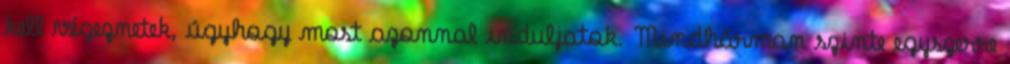
kell végeznetek, úgyhogy most azonnal induljatok. Mindhárman szinte egyszerre